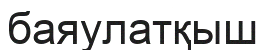
баяулатқыш